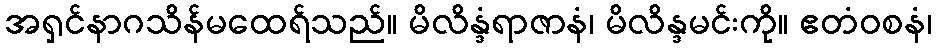
အရှင်နာဂသိန်မထေရ်သည်။ မိလိန္ဒံရာဇာနံ၊ မိလိန္ဒမင်းကို။ ဧတံဝစနံ၊